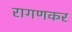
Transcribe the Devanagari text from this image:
रागणकर